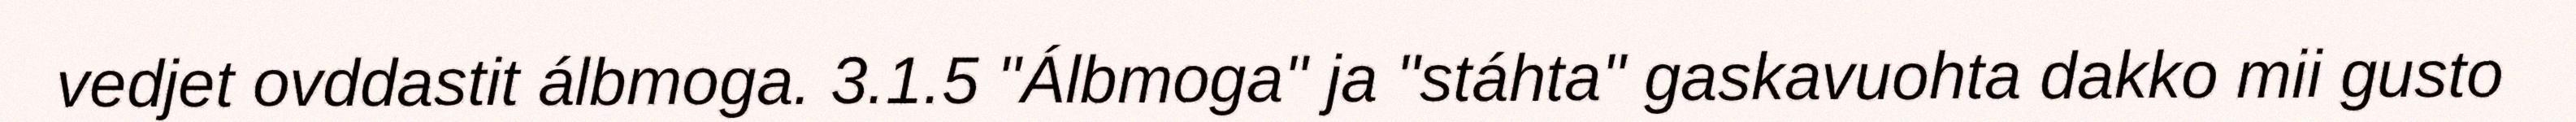
vedjet ovddastit álbmoga. 3.1.5 "Álbmoga" ja "stáhta" gaskavuohta dakko mii gusto